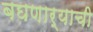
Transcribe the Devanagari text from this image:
बघणार्‍याची